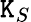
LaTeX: \mathtt{K}_{S}